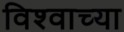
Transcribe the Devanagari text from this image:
विश्‍वाच्‍या